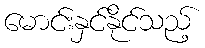
မောင်းနှင်နိုင်သည့်